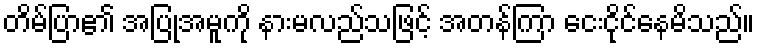
တိမ်ပြာ၏ အပြုအမူကို နားမလည်သဖြင့် အတန်ကြာ ငေးငိုင်နေမိသည်။